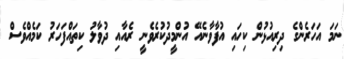
ނަމަ އަހަރެންގެ ދިރިއުޅުން ކިހައި އުފާވާނެއޭ އުންމީދުކުރެވެނީ ރެއާއި ދުވާލު ކިތައްފަހަރު ކަމެއްވެސް